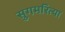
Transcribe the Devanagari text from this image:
सुगमरित्या